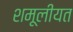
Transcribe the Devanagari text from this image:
शमूलीयत